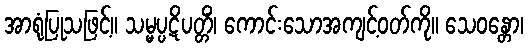
အာရုံပြုသဖြင့်။ သမ္မပ္ပဋိပတ္တိံ၊ ကောင်းသောအကျင့်ဝတ်ကို။ သေဝန္တော၊